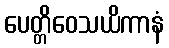
ပေတ္တိဝေသယိကာနံ